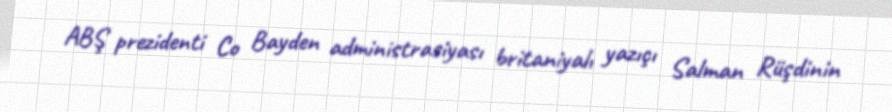
ABŞ prezidenti Co Bayden administrasiyası britaniyalı yazıçı Salman Rüşdinin